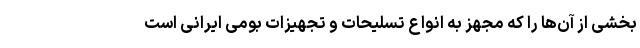
بخشی از آن‌ها را که مجهز به انواع تسلیحات و تجهیزات بومی ایرانی است